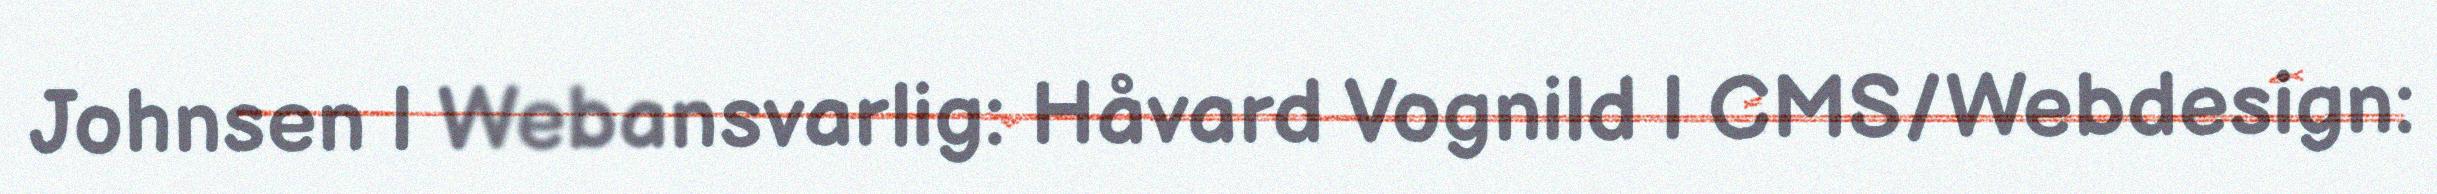
Johnsen | Webansvarlig: Håvard Vognild | CMS/Webdesign: